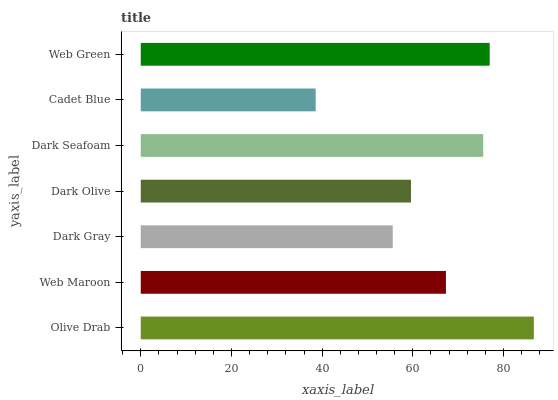
| yaxis_label | bars |
 | --- | --- |
 | Olive Drab | 86.7 |
 | Web Maroon | 67.3 |
 | Dark Gray | 55.6 |
 | Dark Olive | 59.6 |
 | Dark Seafoam | 75.5 |
 | Cadet Blue | 38.6 |
 | Web Green | 76.9 |